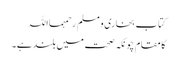
کتاب بخاری و مسلم رحمہمااللہ
کا مقام چونکہ صحت میں بلند ہے۔